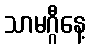
သာမဂ္ဂီနေ့